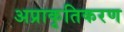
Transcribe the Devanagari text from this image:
अप्राकृतिकरण